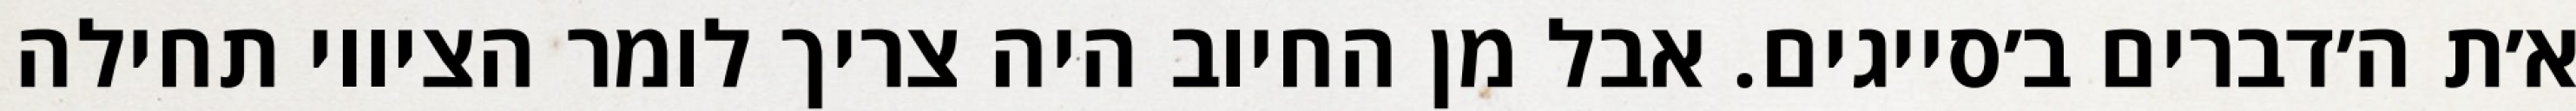
א׳ת ה׳דברים ב׳סייגים. אבל מן החיוב היה צריך לומר הציווי תחילה